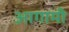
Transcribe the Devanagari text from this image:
अागामी